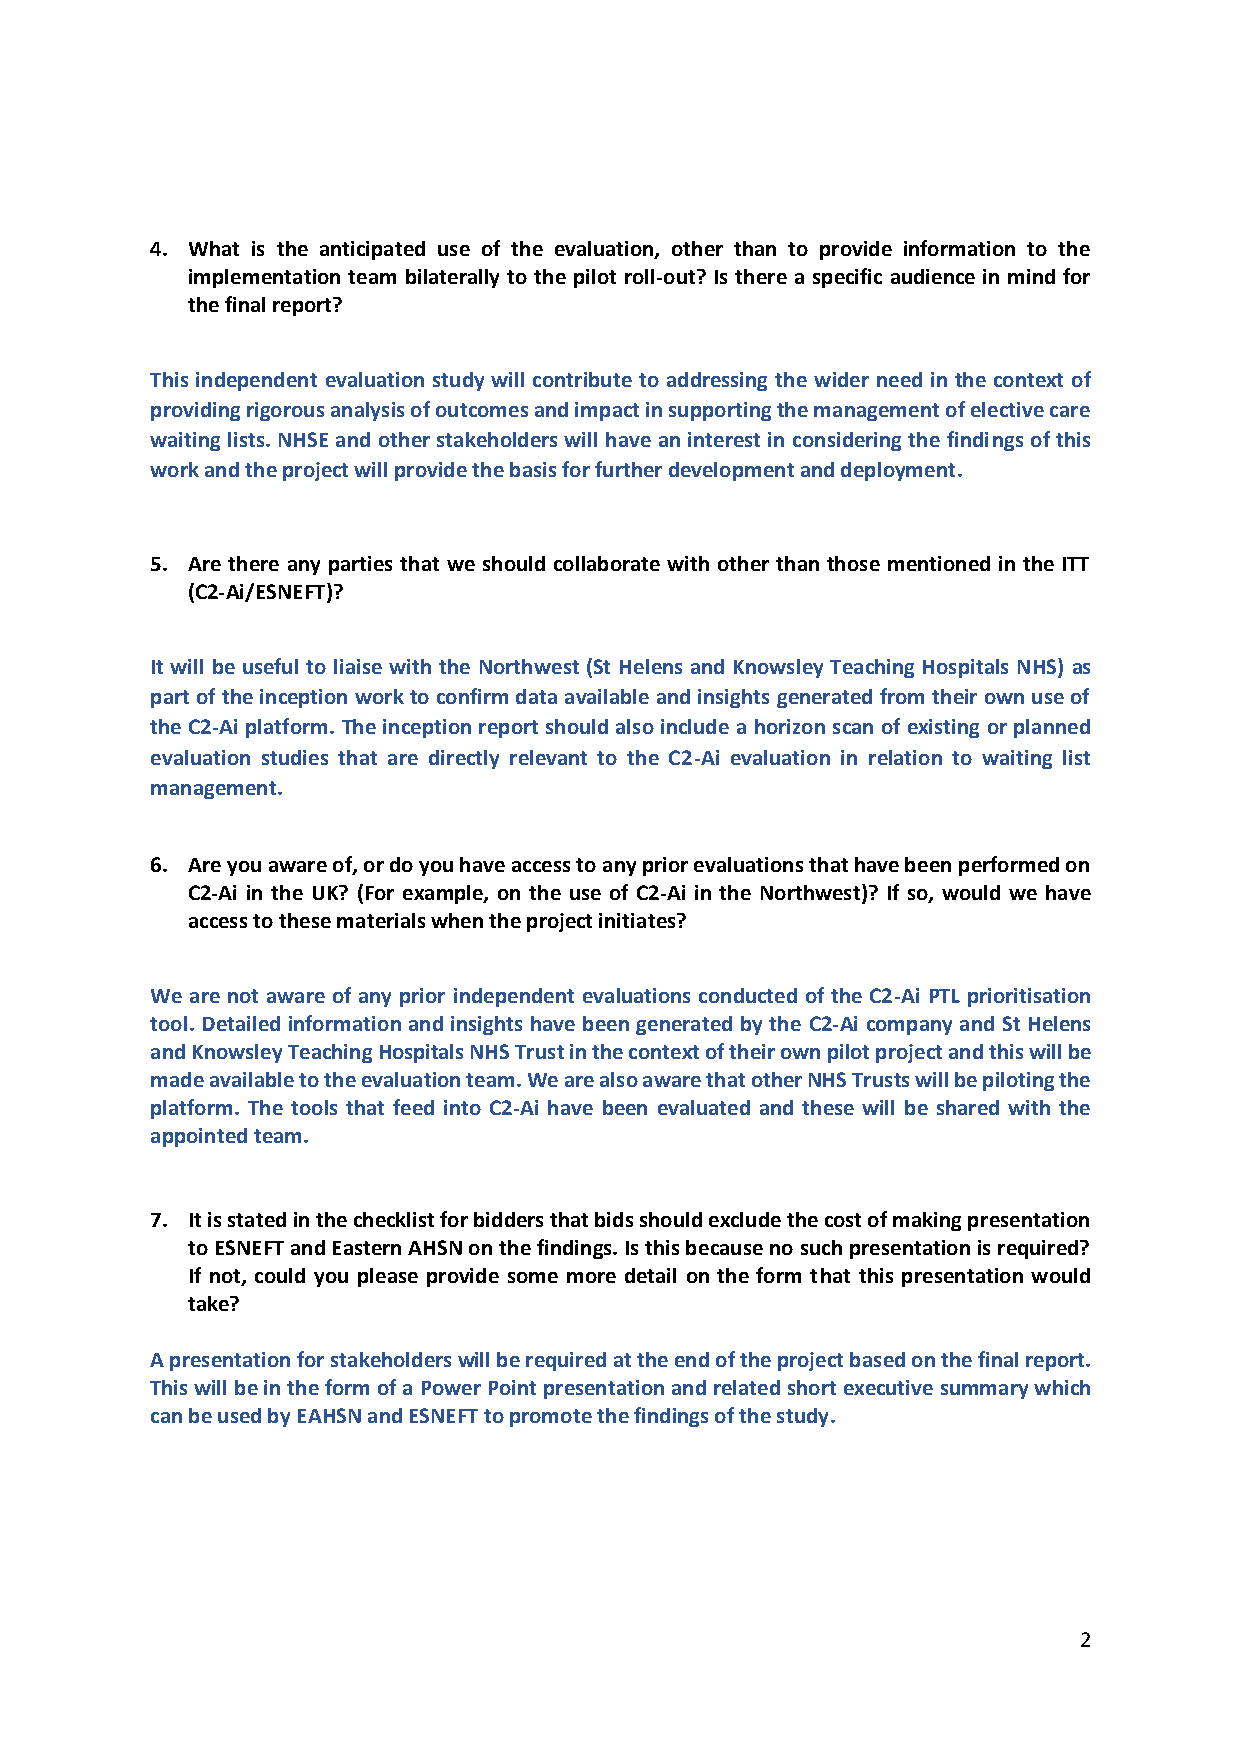
4. What is the anticipated use of the evaluation, other than to provide information to the
 implementation team bilaterally to the pilot roll-out? Is there a specific audience in mind for
 the final report?
 This independent evaluation study will contribute to addressing the wider need in the context of
 providing rigorous analysis of outcomes and impact in supporting the management of elective care
 waiting lists. NHSE and other stakeholders will have an interest in considering the findings of this
 work and the project will provide the basis for further development and deployment.
 5. Are there any parties that we should collaborate with other than those mentioned in the ITT
 (C2-Ai/ESNEFT)?
 It will be useful to liaise with the Northwest (St Helens and Knowsley Teaching Hospitals NHS) as
 part of the inception work to confirm data available and insights generated from their own use of
 the C2-Ai platform. The inception report should also include a horizon scan of existing or planned
 evaluation studies that are directly relevant to the C2-Ai evaluation in relation to waiting list
 management.
 6. Are you aware of, or do you have access to any prior evaluations that have been performed on
 C2-Ai in the UK? (For example, on the use of C2-Ai in the Northwest)? If so, would we have
 access to these materials when the project initiates?
 We are not aware of any prior independent evaluations conducted of the C2-Ai PTL prioritisation
 tool. Detailed information and insights have been generated by the C2-Ai company and St Helens
 and Knowsley Teaching Hospitals NHS Trust in the context of their own pilot project and this will be
 made available to the evaluation team. We are also aware that other NHS Trusts will be piloting the
 platform. The tools that feed into C2-Ai have been evaluated and these will be shared with the
 appointed team.
 7. It is stated in the checklist for bidders that bids should exclude the cost of making presentation
 to ESNEFT and Eastern AHSN on the findings. Is this because no such presentation is required?
 If not, could you please provide some more detail on the form that this presentation would
 take?
 A presentation for stakeholders will be required at the end of the project based on the final report.
 This will be in the form of a Power Point presentation and related short executive summary which
 can be used by EAHSN and ESNEFT to promote the findings of the study.
 2